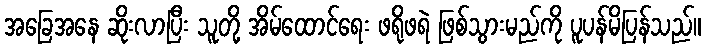
အခြေအနေ ဆိုးလာပြီး သူတို့ အိမ်ထောင်ရေး ဖရိုဖရဲ ဖြစ်သွားမည်ကို ပူပန်မိပြန်သည်။